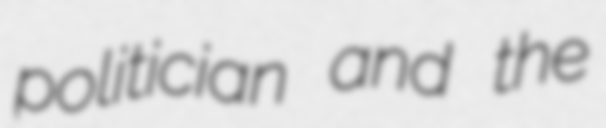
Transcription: politician and the